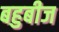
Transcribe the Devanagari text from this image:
बहुबीज